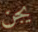
يجن